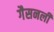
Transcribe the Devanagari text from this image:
गैसनली